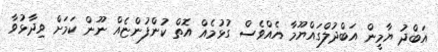
އަބްދު ޔާމީން އަބްދުލްގައްޔޫމާ އެއްވެސް ގުޅުމެއް އޮތް ކުންފުންޏެއް ނޫން ކަމަށް ވިދާޅުވާ